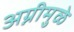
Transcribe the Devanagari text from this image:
अग्नीमुळे